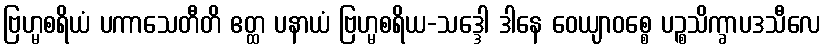
ဗြဟ္မစရိယံ ပကာသေတီတိ ဧတ္ထ ပနာယံ ဗြဟ္မစရိယ-သဒ္ဒေါ ဒါနေ ဝေယျာဝစ္စေ ပဉ္စသိက္ခာပဒသီလေ